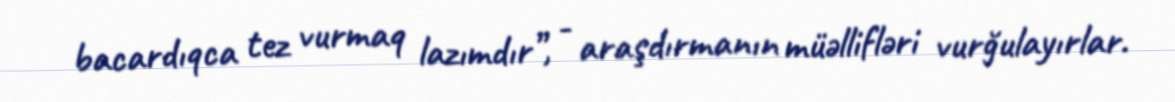
bacardıqca tez vurmaq lazımdır”, - araşdırmanın müəllifləri vurğulayırlar.